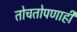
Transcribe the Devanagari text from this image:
तोचतोपणाही